Civil Veterinary Dept. North-West Frontier Province 1901-22 - 1901-1922
Year: 1901
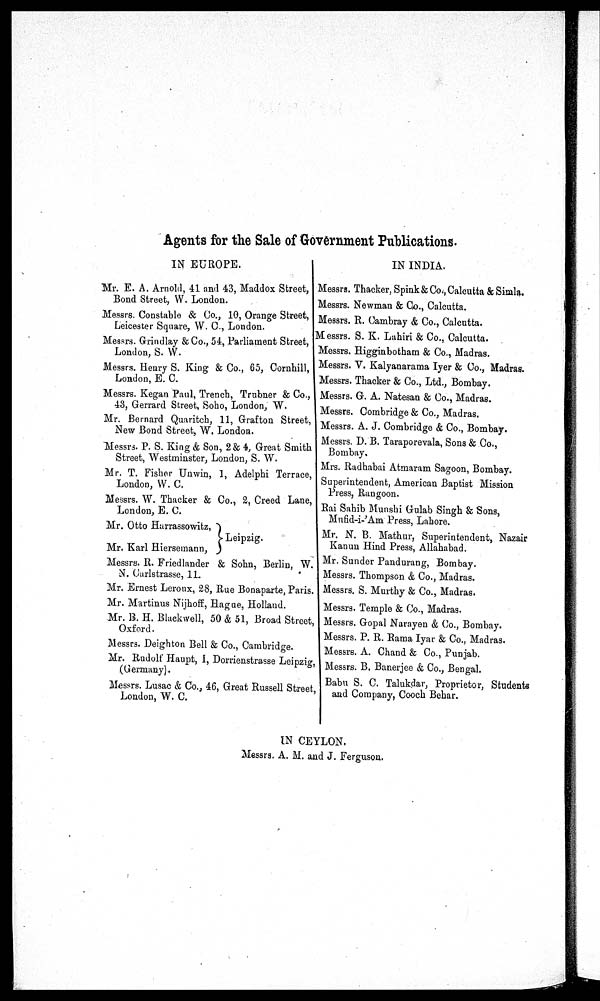
Agents for the Sale of Government Publications.
IN EUROPE.
Mr. E. A. Arnold, 41 and 43, Maddox Street,
Bond Street, W. London.
Messrs. Constable & Co., 10, Orange Street,
Leicester Square, W. C., London.
Messrs. Grindlay & Co., 54, Parliament Street,
London, S. W.
Messrs. Henry S. King & Co., 65, Cornhill,
London, E. C.
Messrs. Kegan Paul, Trench, Trubner & Co.,
43, Gerrard Street, Soho, London, W.
Mr. Bernard Quaritch, 11, Grafton Street,
New Bond Street, W. London.
Messrs. P. S. King & Son, 2 & 4, Great Smith
Street, Westminster, London, S. W.
Mr. T. Fisher Unwin, 1, Adelphi Terrace,
London, W. C.
Messrs. W. Thacker & Co., 2, Creed Lane,
London, E. C.
Mr. Otto Harrassowitz,
Mr. Karl Hiersemann,
}Leipzig.
Messrs. R. Friedlander & Sohn, Berlin, W.
N. Carlstrasse, 11.
Mr. Ernest Leroux, 28, Rue Bonaparte, Paris.
Mr. Martinus Nijhoff, Hague, Holland.
Mr. B. H. Blackwell, 50 & 51, Broad Street,
Oxford.
Messrs. Deighton Bell & Co., Cambridge.
Mr. Rudolf Haupt, 1, Dorrienstrasse Leipzig,
(Germany).
Messrs. Lusac & Co., 46, Great Russell Street,
London, W. C.
IN INDIA.
Messrs. Thacker, Spink & Co., Calcutta & Simla.
Messrs. Newman & Co., Calcutta.
Messrs. R. Cambray & Co., Calcutta.
Messrs. S. K. Lahiri & Co., Calcutta.
Messrs. Higginbotham & Co., Madras.
Messrs. V. Kalyanarama Iyer & Co., Madras.
I Messrs. Thacker & Co., Ltd., Bombay.
Messrs. G. A. Natesan & Co., Madras.
Messrs. Combridge & Co., Madras.
Messrs. A. J. Combridge & Co., Bombay.
Messrs. D. B. Taraporevala, Sons & Co.,
Bombay.
Mrs. Radhabai Atmaram Sagoon, Bombay.
Superintendent, American Baptist Mission
Press, Rangoon.
Rai Sahib Munshi Gulab Singh & Sons,
Mufid-i-'Am Press, Lahore.
Mr. N. B. Mathur, Superintendent, Nazair
Kanun Hind Press, Allahabad.
Mr. Sunder Pandurang, Bombay.
Messrs. Thompson & Co., Madras.
Messrs. S. Murthy & Co., Madras.
Messrs. Temple & Co., Madras.
Messrs. Gopal Narayen & Co., Bombay.
Messrs. P. R. Rama Iyar & Co., Madras.
Messrs. A. Chand & Co., Punjab.
Messrs. B. Banerjee & Co., Bengal.
Babu S. C. Talukdar, Proprietor, Students
and Company, Cooch Behar.
IN CEYLON.
Messrs. A. M. and J. Ferguson.